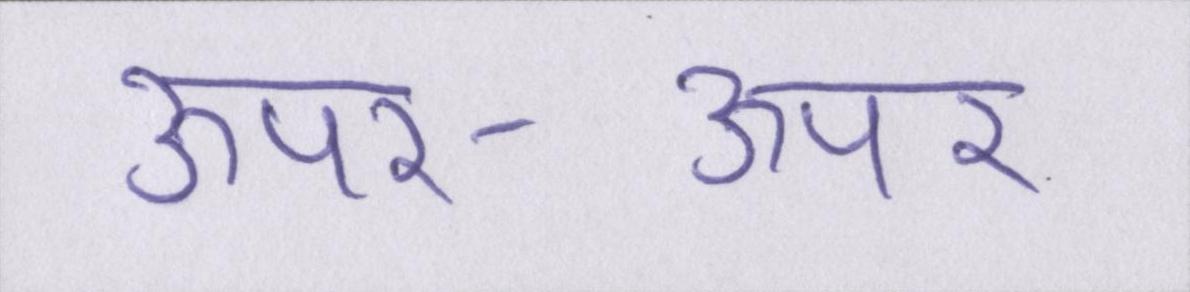
ऊपर-ऊपर